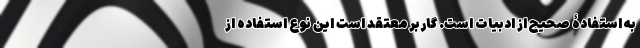
به استفادۀ صحیح از ادبیات است. گاربر معتقد است این نوع استفاده از